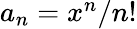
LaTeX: \textstyle a_{n}=x^{n}/n!